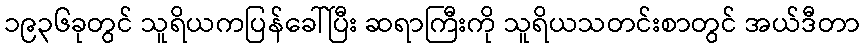
၁၉၃၆ခုတွင် သူရိယကပြန်ခေါ်ပြီး ဆရာကြီးကို သူရိယသတင်းစာတွင် အယ်ဒီတာ